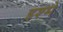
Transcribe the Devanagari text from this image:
इश्मे